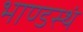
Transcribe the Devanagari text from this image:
भाण्डस्थं